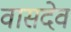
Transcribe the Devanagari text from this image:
वासदेव